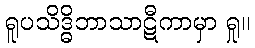
ရူပသိဒ္ဓိဘာသာဋီကာမှာ ရှု။